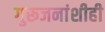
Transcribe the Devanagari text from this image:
गुरूजनांशीही